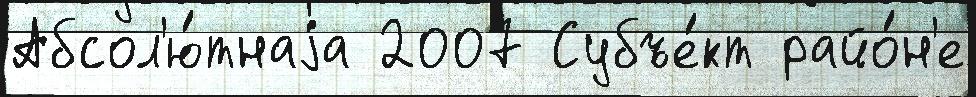
Абсол'ю́тнаjа 2007 Субъе́кт райо́н'е